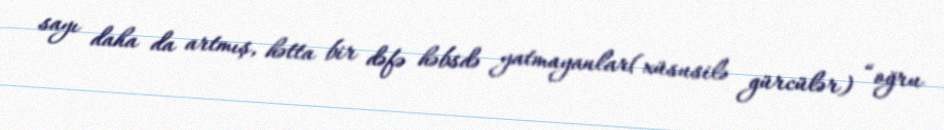
sayı daha da artmış, hətta bir dəfə həbsdə yatmayanlar(xüsusilə gürcülər) “oğru